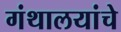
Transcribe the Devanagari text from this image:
गंथालयांचे